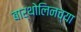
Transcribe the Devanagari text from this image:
बार्थोलिनच्या